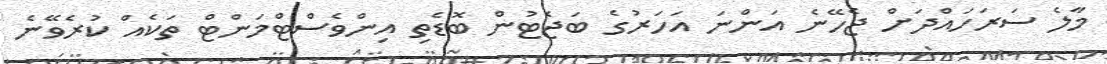
މާލެ ސަރަހައްދަށް ޖެހޭނެ އަންނަ އަހަރުގެ ބަޖެޓުން ބޮޑެތި އިންވެސްޓްމަންޓް ތަކެއް ކުރެވޭނެ